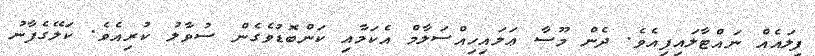
ފިލައެއް ނައްޓާލައިފިއެވެ. ދެން މޫސާ ޢަލައިހިއްސަލާމް އެކަމާއި ކަންބޮޑުވެގެން ސުވާލު ކުރިއެވެ. ކަލޭގެފާނު